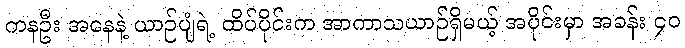
ကနဦး အနေနဲ့ ယာဉ်ပျံရဲ့ ထိပ်ပိုင်းက အာကာသယာဉ်ရှိမယ့် အပိုင်းမှာ အခန်း ၄၀